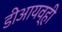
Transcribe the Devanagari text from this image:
डीआयव्ही